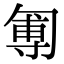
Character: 𠣵